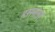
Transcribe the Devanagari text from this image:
हसनला